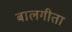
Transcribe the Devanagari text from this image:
बालगीता